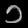
Digit: ၁